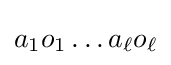
a_{1}o_{1}\dots a_{\ell }o_{\ell }